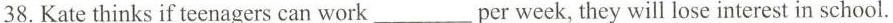
38.Katethinks if teenagers can work ___ per week,they will lose interest in school.